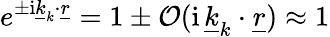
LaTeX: e^{\pm\mathrm{i}\underline{{k}}_{k}\cdot\underline{{r}}}=1\pm\mathcal{O}(\mathrm{i}\, \underline{{k}}_{k}\cdot\underline{{r}})\approx 1